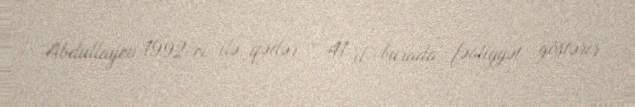
Abdullayev 1992-ci ilə qədər — 41 il burada fəaliyyət göstərir.